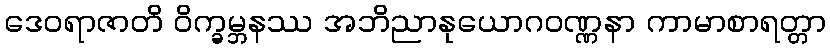
ဒေဝရာဇာတိ ဝိက္ခမ္ဘနဿ အဘိညာနုယောဂဝဏ္ဏနာ ကာမာစာရတ္တာ